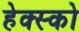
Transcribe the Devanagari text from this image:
हेक्स्को